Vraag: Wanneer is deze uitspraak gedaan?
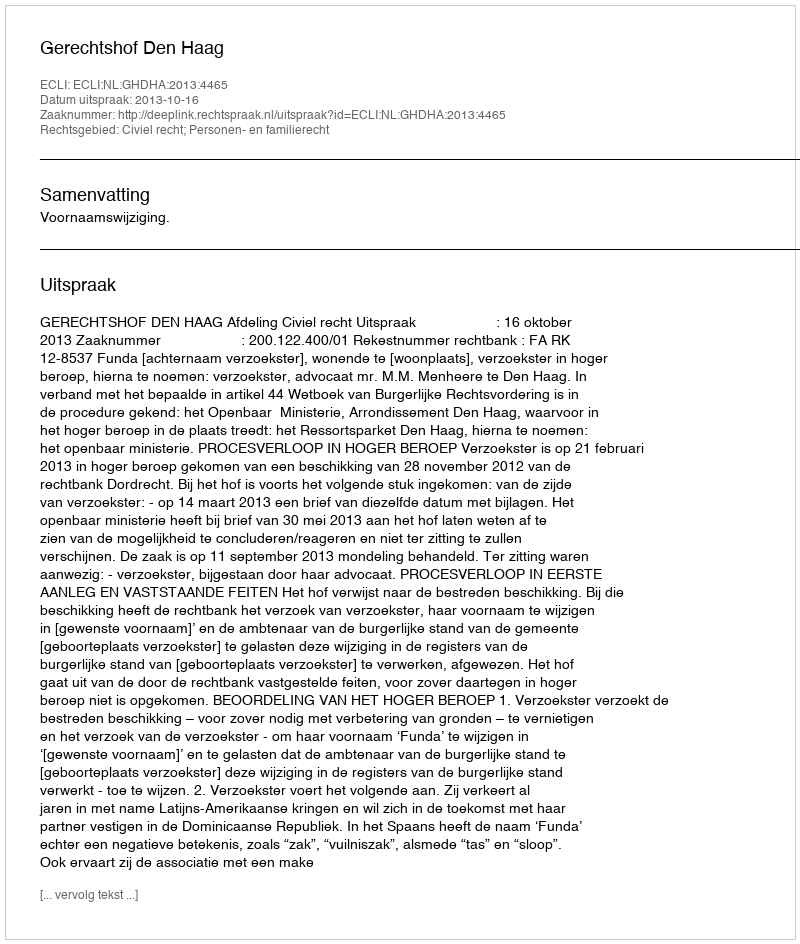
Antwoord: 2013-10-16